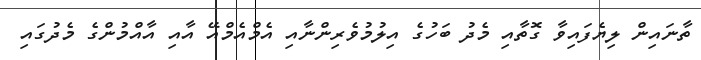
ތާނައިން ލިޔެފައިވާ ގޮތާއި މެދު ބަހުގެ އިލުމުވެރިންނާއި އެމްއެމްއޭ އާއި އާއްމުންގެ މެދުގައި